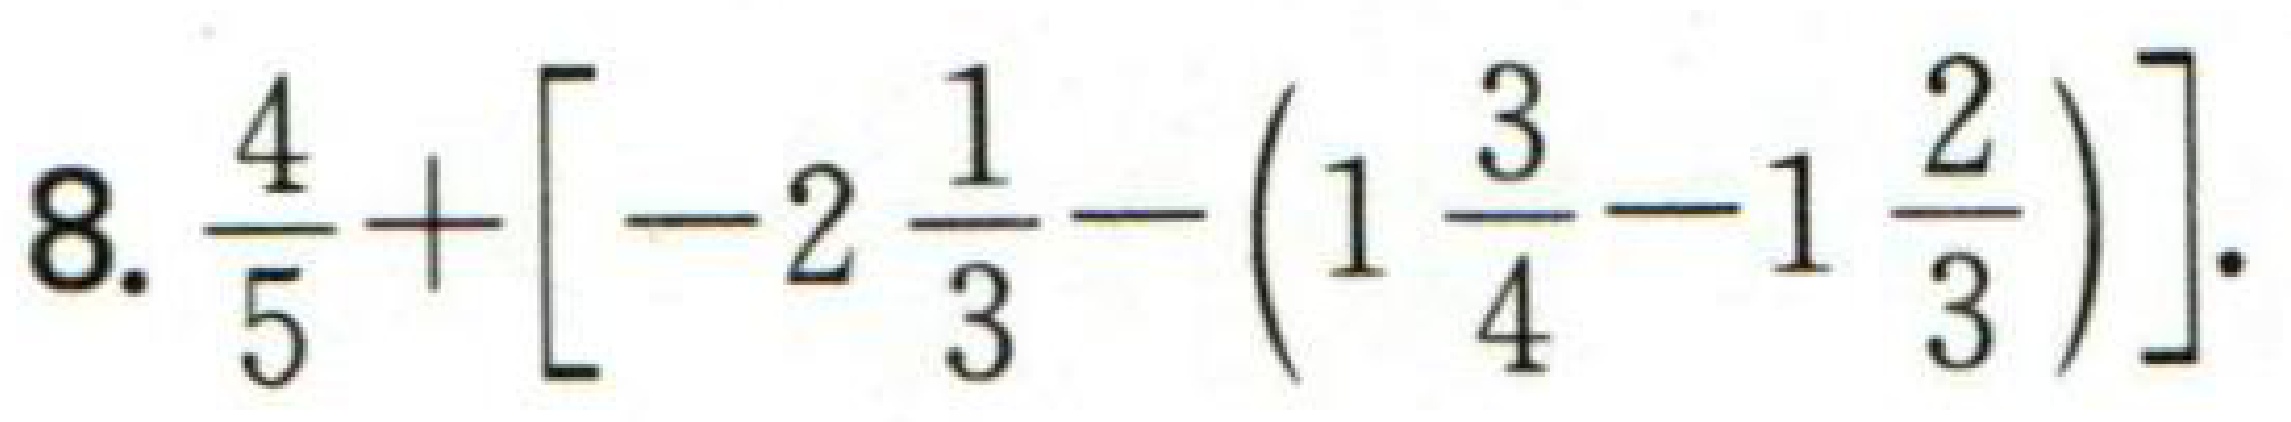
$8.\frac{4}{5}+[-2\frac{1}{3}-(1\frac{3}{4}-1\frac{2}{3})].$